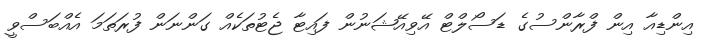
އިންޑިއާ އިން ފްރާންސުގެ ޑަސޯލްޓް އޭވިއޭޝަނުން ފައިޓާ ޖެޓުތަކެއް ގަންނަން ފުރަތަމަ އެއްބަސްވީ